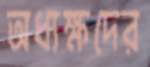
অধ্যক্ষদের